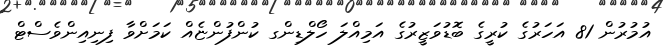
އުމުރުން 81 އަހަރުގެ ކުރީގެ ބޮޑުވަޒީރުގެ އަމިއްލަ ހޯލްޑިންގ ކުންފުންޏެއް ކަމަށްވާ ފިނިއިންވެސްޓް